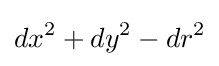
dx^{2}+dy^{2}-dr^{2}